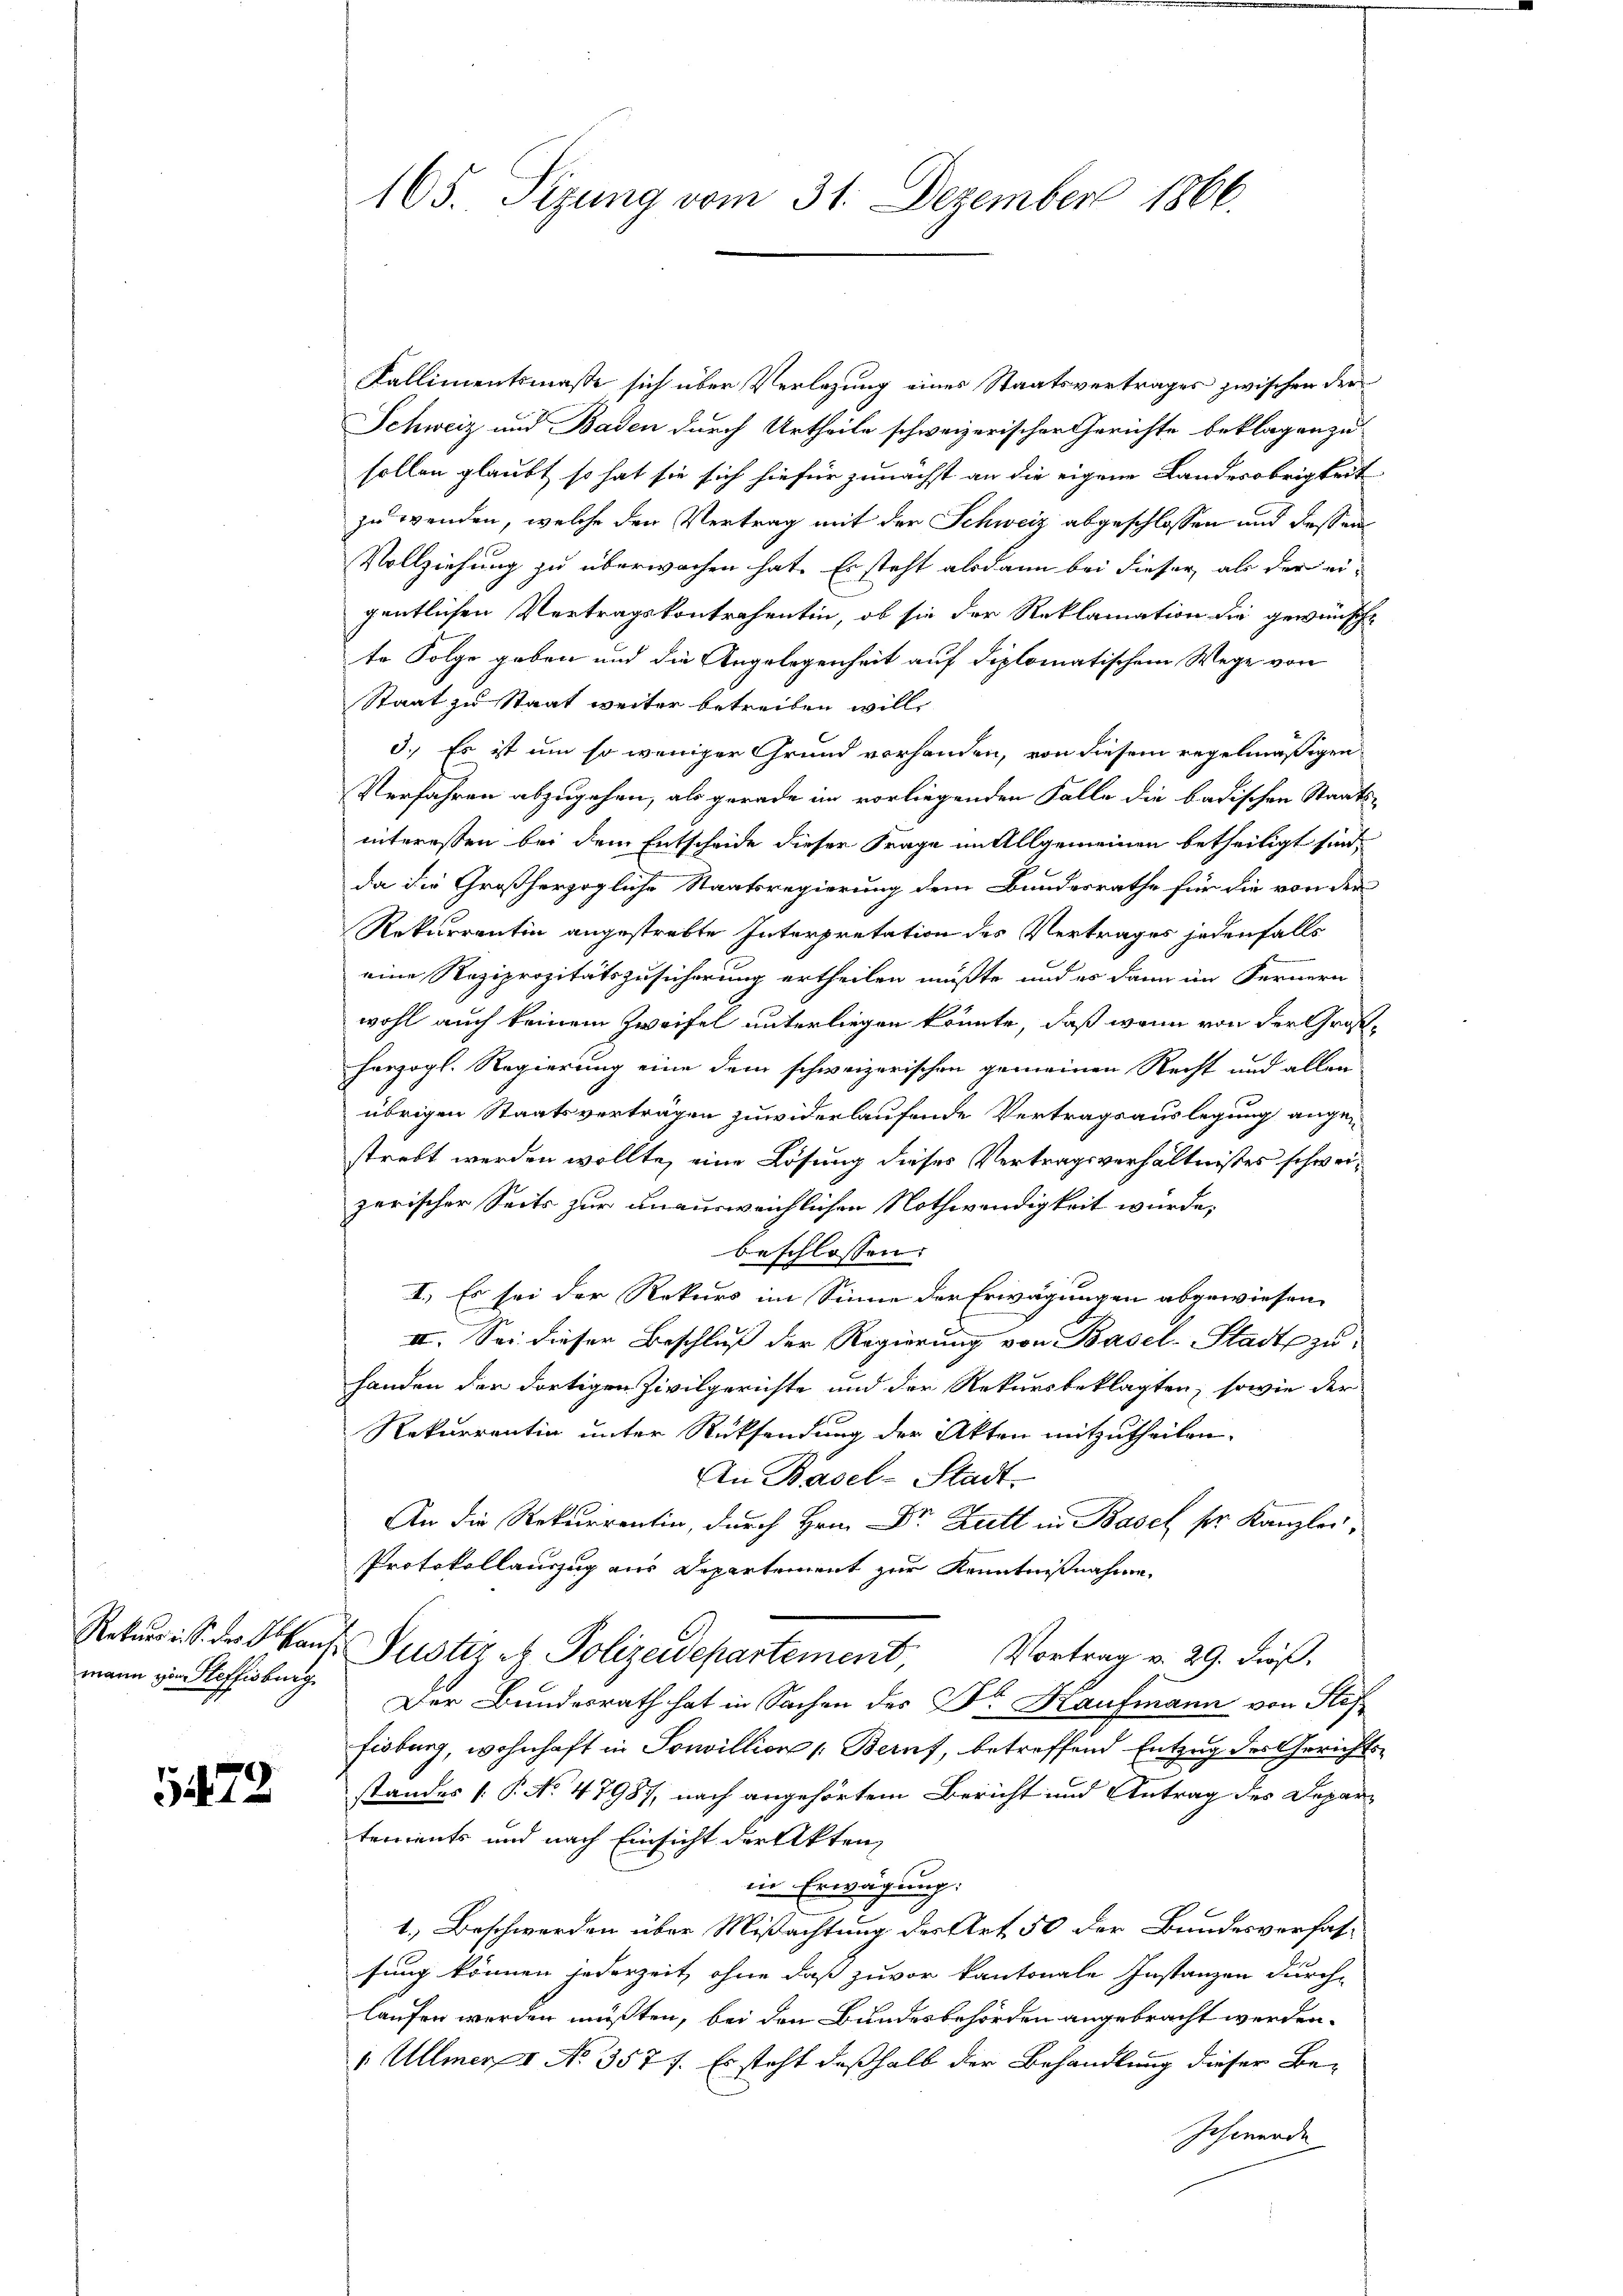
mann zu Steffisburg

472

165. Seizung vom 31. Dezember 1866.

Kallimentsmasse sich über Verlegung eines Staatsvertrages zwischen der
Schweiz und Baden durch Urtheile schweizerischer Gerichte beklagen zu
sollen glaubt, so hat sie sich hiefür zunächst an die eigene Landesobrigkeit
zu wenden, welche den Vertrag mit der Schweiz abgeschlossen und dessen
Vollziehung zu überwachen hat. Es steht alsdann bei dieser als der ei-
gentlichen Vertragskontrahentin, ob sie der Reklamation die gewünsche
te Folge geben und die Angelegenheit auf diplomatischem Wege von
Staat zu Staat weiter betreiben will,
3. Es ist um so weniger Grund vorhanden, von diesem regelmäßigen
Verfahren abzugehen, als gerade im vorliegenden Falle die badischen Staats-
interessen bei dem Entscheide dieser Frage im Allgemeinen betheiligt sind.
da die Großherzogliche Staatsregierung dem Bundesrathe für die von der
Rekurrentin angestrebte Interpretation des Vertrages jedenfalls
eine Reziprozitätszusicherung ertheilen müßte, und es dann im Fernern
wohl auch keinem Zweifel unterliegen könnte, daß wenn von der Großherzogl. Regierung eine dem schweizerischen gemeinen Recht und allen
übrigen Staatsverträgen zuwiderlaufende Vertragsauslegung angestrebt werden wollte, eine Lösung dieses Vertragsverhältnisses schweizerischer Seits zur unausweichlichen Nothwendigkeit wurde,
beschlossen:
I. Es sei der Rekurs im Sinne der Erwägungen abgewiesen.
II. Sei dieser Beschluß der Regierung von Basel-Stadt zuhanden der dortigen Zivilgerichte und der Rekursbeklagten, sowie der
Rekurrentin unter Rücksendung der Akten mitzutheilen.
An Basel-Stadt
An die Rekurrentin, durch Hrn. Dr. Lutt in Basel ser Kanzler,
Protokollauszug aus Departement zur Kenntnißnahme,
Rekurs S. t Okans Justiz et Polizeidepartement, Vortrag v. 29. dieβ.
Der Bundesrath hat in Sachen des Dr Kaufmann von Stef
fisburg, wohnhaft in Sonvillion : Beruf, betreffend Entzug des Gerichtsstandes P. No 47987, nach angehörtem Bericht und Antrag des Departements und nach Einsicht der Akten,
in Erwägung:
1.) Beschwerden über Mißachtung des Art. 50 der Bundesverfassung können jederzeit, ohne daß zuvor kantonale Instanzen durch-
laufen werden müßten, bei den Bundesbehörden angebracht werden.
v Ullmer No. 357 f. Es steht deßhalb der Behandlung dieser Be¬
Schwerde